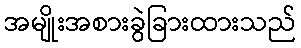
အမျိုးအစားခွဲခြားထားသည်